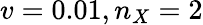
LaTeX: v=0.01,n_{X}=2